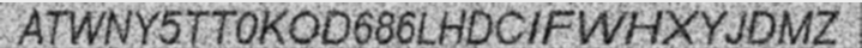
ATWNY5TT0KOD686LHDCIFWHXYJDMZ